Punjab Mental Hospital Lahore 1932-46 - 1932-1946
Year: 1932
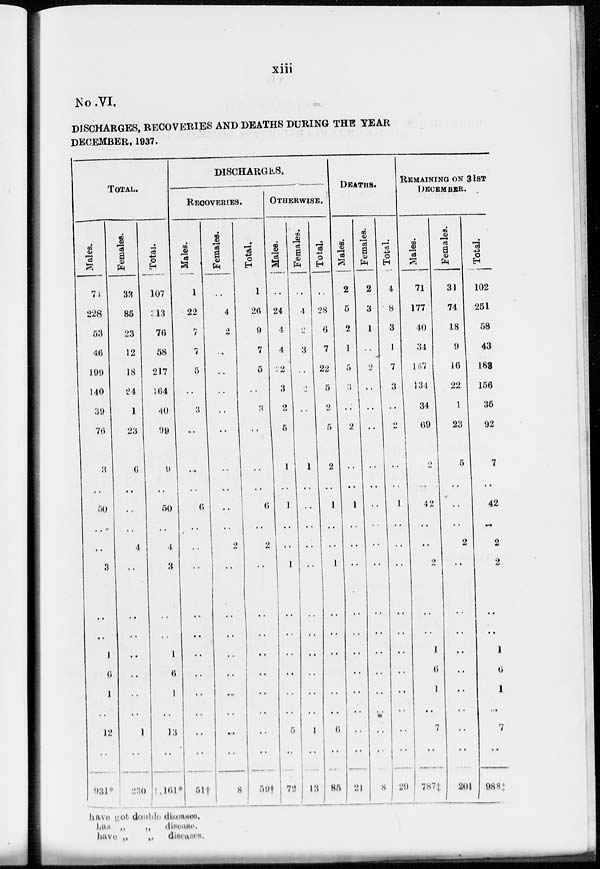
No .VI.
DISCHARGES, RECOVERIES AND DEATHS DURING THE YEAR
DECEMBER, 1937.
TOTAL.
Males.
71
228
53
46
199
140
39
76
3
50
..
..
3
..
..
1
6
1
..
12
..
931
Females.
33
85
23
12
18
24
1
23
6
..
..
4
..
..
..
..
..
..
..
1
..
230
Total.
107
13
76
58
217
164
40
99
9
50
..
4
3
..
..
1
6
1
..
13
..
1,161*
DISCHARGES.
RECOVERIES.
Males.
1
22
7
7
5
..
3
..
..
6
..
..
..
..
..
..
..
..
..
..
..
51†
Females.
..
4
2
..
..
..
..
..
..
..
..
2
..
..
..
..
..
..
..
..
..
8
Total.
1
26
9
7
5
..
3
..
..
6
..
2
..
..
..
..
..
..
..
..
..
59†
OTHERWISE.
Males.
..
24
4
4
22
3
2
5
1
1
..
..
1
..
..
..
..
..
..
5
..
72
Females.
..
4
2
3
..
2
..
..
1
..
..
..
..
..
..
..
..
..
..
1
..
13
Total.
..
28
6
7
22
5
2
5
2
1
..
..
1
..
..
..
..
..
..
6
..
85
DEATHS.
Males.
2
5
2
1
5
3
..
2
..
1
..
..
..
..
..
..
..
..
..
..
..
21
Females.
2
3
1
..
2
..
..
..
..
..
..
..
..
..
..
..
..
..
..
..
..
8
Total.
4
8
3
1
7
3
..
..
..
1
..
..
..
..
..
..
..
..
..
..
..
29
REMAINING ON 31ST
DECEMBER.
Males.
71
177
40
34
167
134
34
69
2
42
..
..
2
..
..
1
6
1
..
7
..
787‡
Females.
31
74
18
9
16
22
1
23
5
..
..
2
..
..
..
..
..
..
..
..
..
201
Total.
102
251
58
43
183
156
35
92
7
42
..
2
2
..
..
1
6
1
..
7
..
988
have not double diseases.
has
have
„ „
„ „
disease.
diseases.